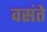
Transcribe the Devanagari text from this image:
वसंते